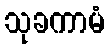
သုခကာမံ